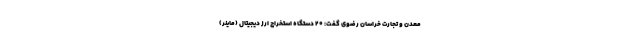
معدن و تجارت خراسان رضوی گفت: ۲۰ دستگاه استخراج ارز دیجیتال (ماینر)